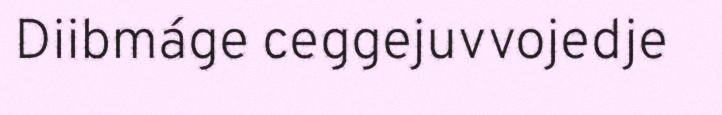
Diibmáge ceggejuvvojedje